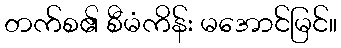
တက်စ၏ စီမံကိန်း မအောင်မြင်။